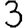
Digit: 3